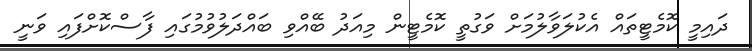
ދައިމީ ކޮމެޓީތައް އެކުލަވާލުމަށް ވަގުތީ ކޮމެޓީން މިއަދު ބޭއްވި ބައްދަލުވުމުގައި ފާސްކޮށްފައި ވަނީ